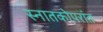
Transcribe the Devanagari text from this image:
स्नातकोपरांत